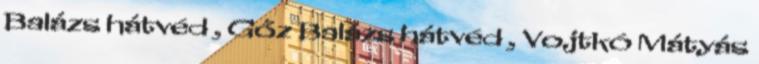
Balázs hátvéd , Gőz Balázs hátvéd , Vojtkó Mátyás